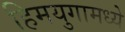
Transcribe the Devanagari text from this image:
हिमयुगामध्ये